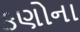
કણોના